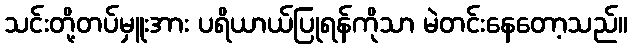
သင်းတို့တပ်မှူးအား ပရိယာယ်ပြုရန်ကိုသာ မဲတင်းနေတော့သည်။